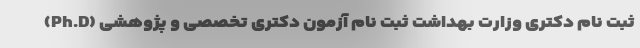
ثبت نام دکتری وزارت بهداشت ثبت نام آزمون دکتری تخصصی و پژوهشی (Ph.D)